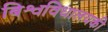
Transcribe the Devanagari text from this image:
बिश्वविधालयकी